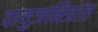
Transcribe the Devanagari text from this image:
वायुजनित्रांत